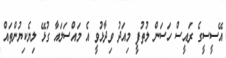
އޭސީސީގެ ރައީސް ހަސަން ލުތުފީ މިއަދު ވިދާޅުވީ އެ މައްސަލައާ ގުޅޭ ލިޔެކިޔުންތައް